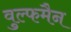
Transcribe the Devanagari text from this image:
वुल्फमैन